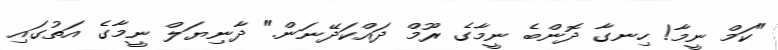
"ކަމް ނީމާ! ހިނގާ ދޮންބެ ނީމާގެ ރޫމް ދައްކަދޭނަން." ދާނިޔަލް ނީމާގެ އަތުގައި